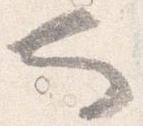
也